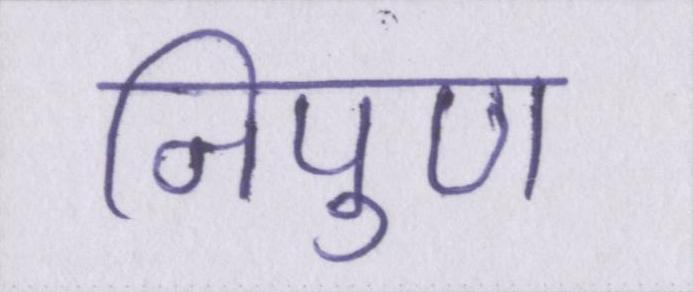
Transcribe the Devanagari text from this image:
निपुण